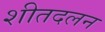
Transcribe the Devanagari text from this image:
शीतदलन